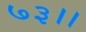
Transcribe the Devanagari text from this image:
७३।।